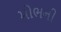
મોભની